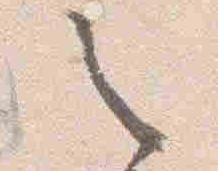
之